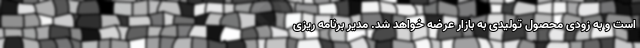
است و به زودی محصول تولیدی به بازار عرضه خواهد شد. مدیر برنامه ریزی